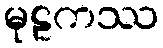
မုဠကဿ